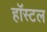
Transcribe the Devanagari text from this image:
हाॅस्टल